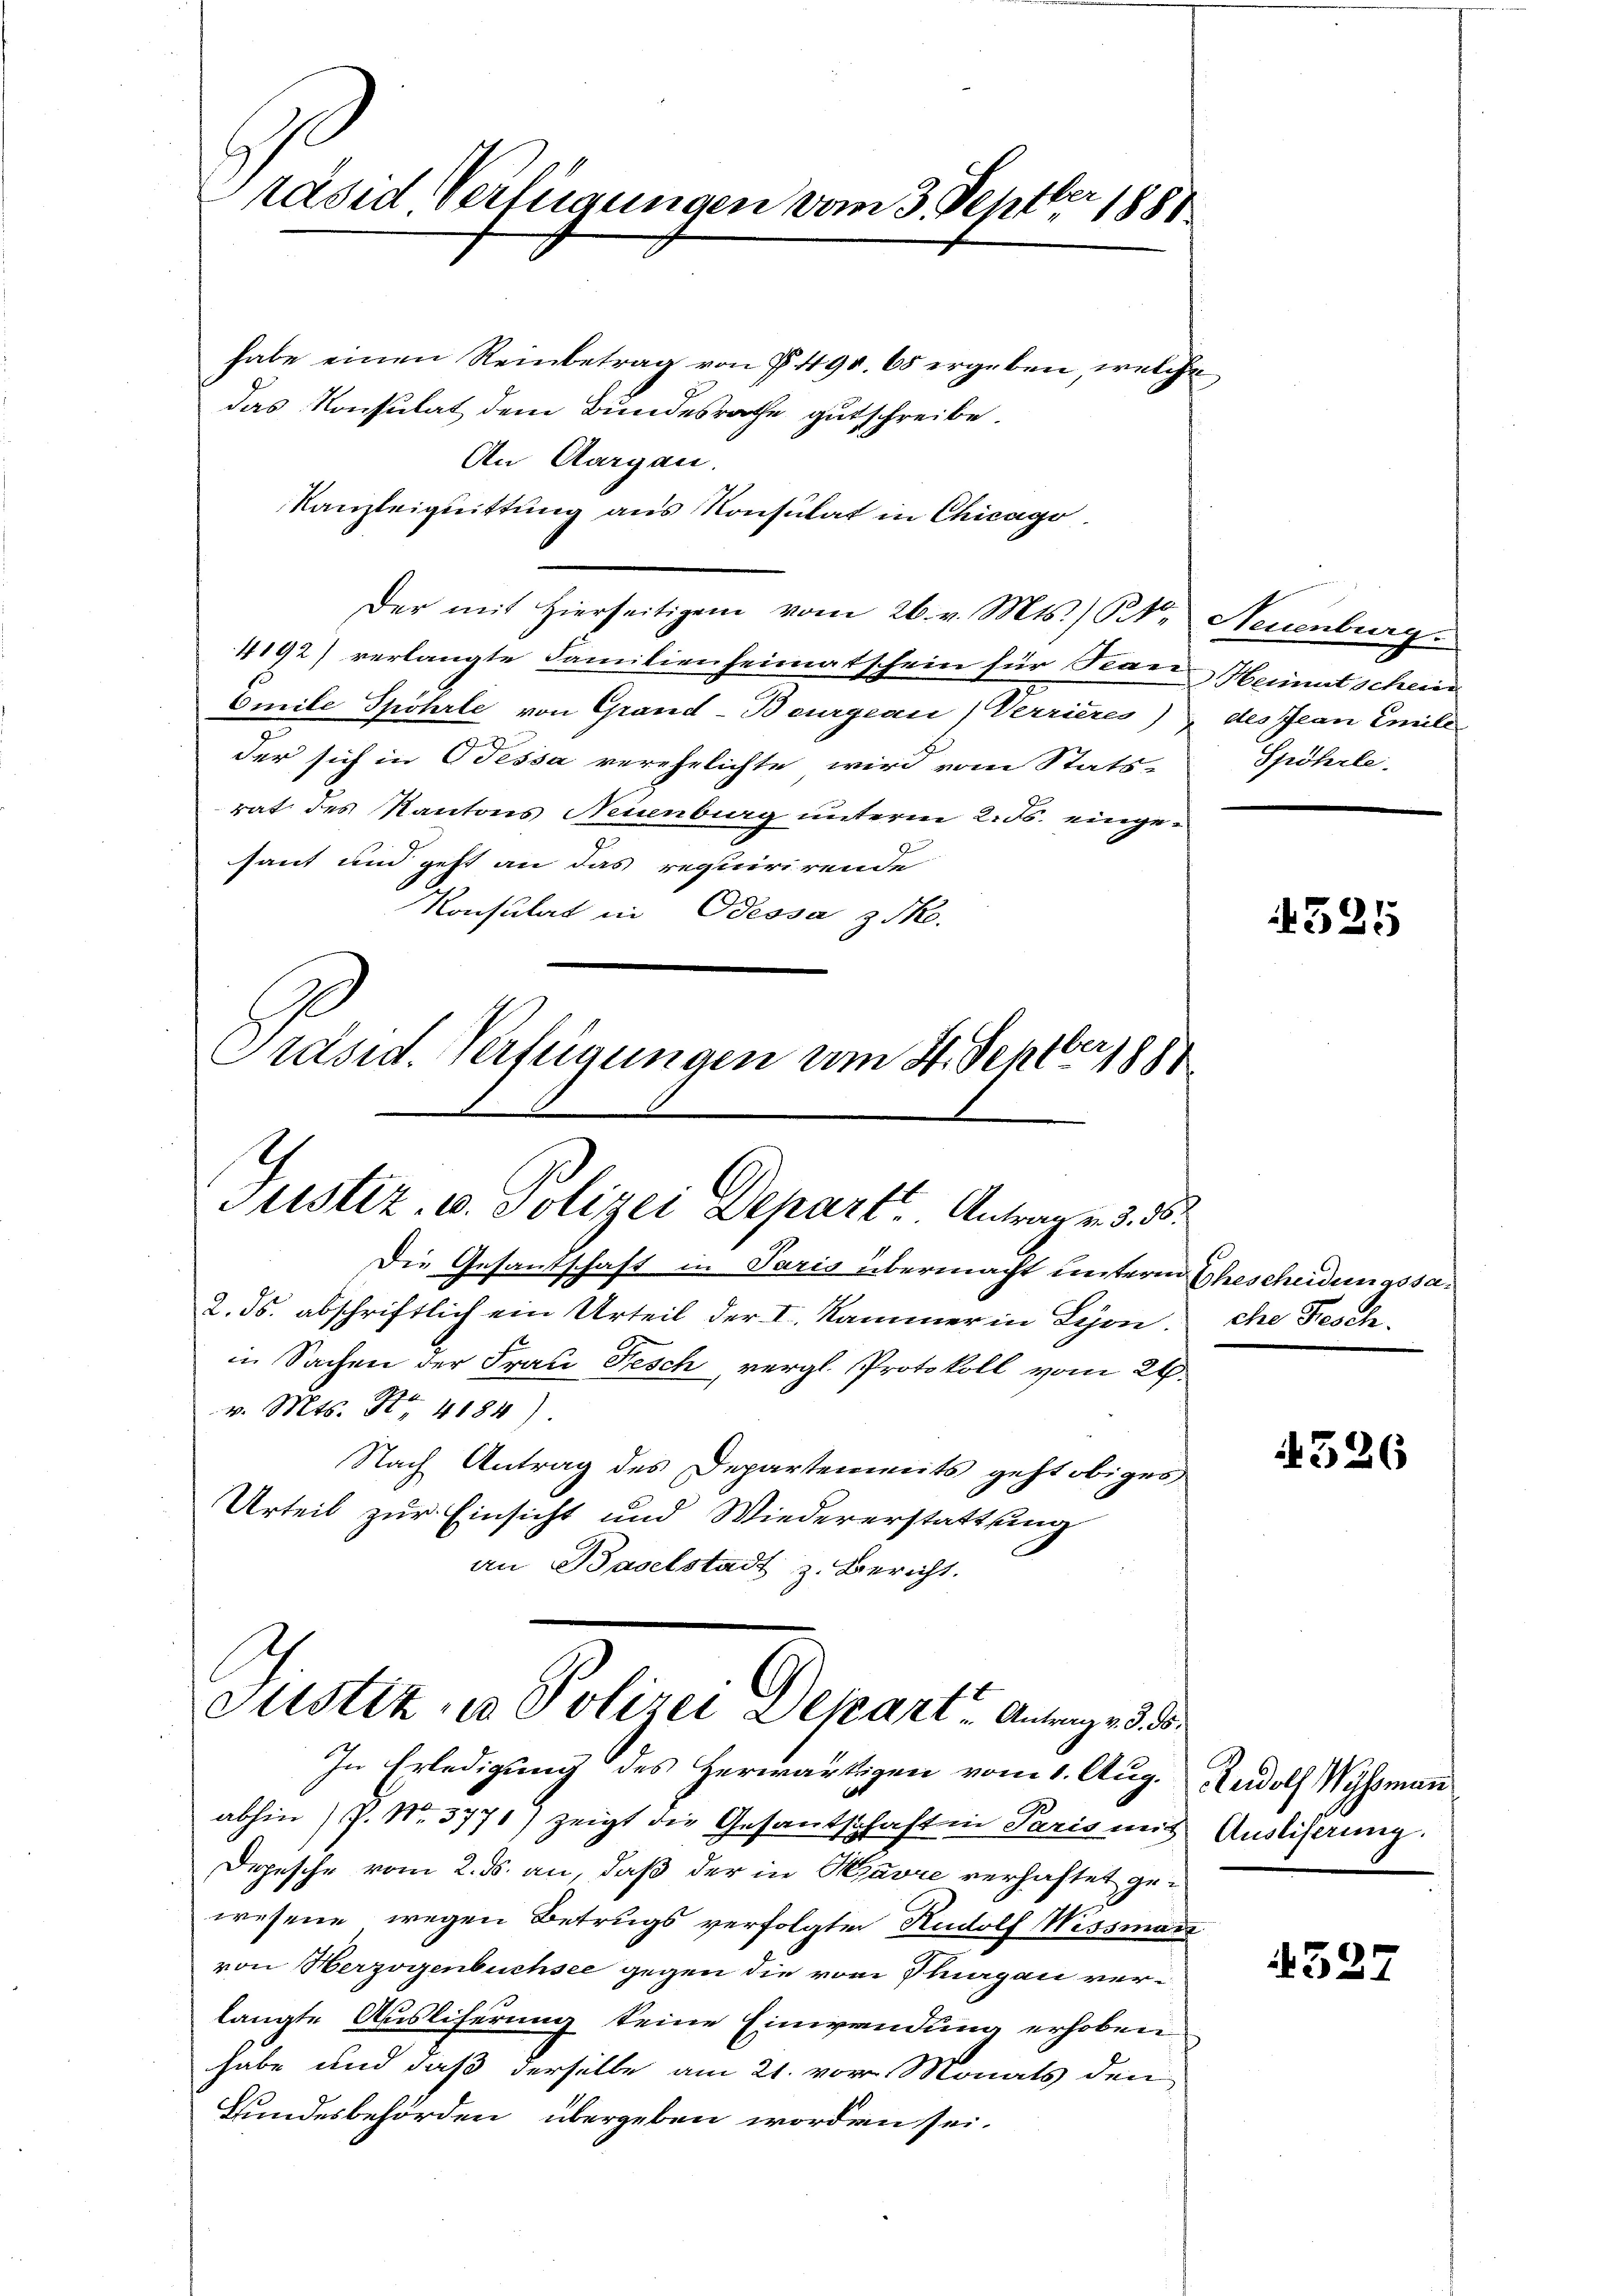
räsed Verfügungen vom 3. Septber 1881

habe einen Reinbetrag von § 490. 65 ergeben, welche
das Konsulat dem Bundesrathe gutschreibe.
An Aargau.
Kanzleiquittung aus Konsulat in Chicago
Der mit hierseitigen vom 26. v. Mts.) St. Neuenburg.
4192) verlangte Familienheimatschein für Frau Heimatschein
Omile Spohrle von Grand-Bourgeau) Verrieres) des Jean Emile
e
der sich in Tessa verehelichte wird vom Stats-
rat des Kantons Neuenburg unterm 2. ds. eingesaut und geht an das requirirende
Konsulat in Odessa zuko
Präsid. Verfügungen vom 4. Septbr. 1880

Justiz, u. Polizei Depart Antrag v. 3. 8.

Die Gesantschaft in Paris übermacht unterm Ehescheidungssa¬
2. ds. abschriftlich ein Urteil der I. Kammer in Lion.
in Sachen der Frau Fesch, vergl. Protokoll vom 26.
v. Mts. S. 4184).
Nach Antrag des Departements geht obiges
Urteil zur Einsicht und Wiedererstattung
an Baselstadt z. Bericht.

Justiz in Polizei Depart Antrag v. 3. ds.

In Erledigung des herwärtigen vom 1. Aug. Rudolf Wisman
abhin) P. Nr. 3771) zeigt die Gesandschaft in Paris mit Auslisaung.
Depesche vom 2. ds. an, daß der in Havre verhaftet gewesene wegen Betrugs verfolgten Rudolf Wissman
von Herzogenbuchsee gegen die vom Thurgau verlangte Ausliferung keine Einwendung erhoben
habe und daß derselbe am 21. vor Monats den
Bundesbehörden, übergeben worden sei.

Spöhrle.

1525

che Fesch.

4326

4527